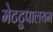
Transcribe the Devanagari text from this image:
मेटटुपालयम